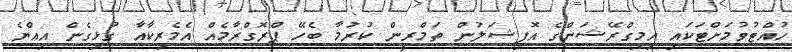
ހުއްޓުވުމަށްޓަކައި އިމިގްރޭޝަންގެ އޮފިޝަލުން ތަމްރީން ކުރުމާ ބެހޭ ޕްރޮގްރާމެއް އެމެރިކާއާ ގުޅިގެން އިއްޔެ